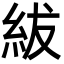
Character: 紱